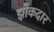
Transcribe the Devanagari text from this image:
झोंकदार